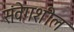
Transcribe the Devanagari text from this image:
संवेगशील